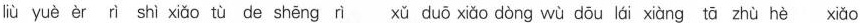
liù yuè èr ì shì xiǎo tù de shēng rì xǔ duō xiǎo dòng wù dōu lái xiàng tā zhù hè xiǎo